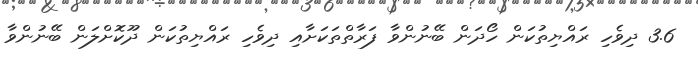
3.6 ދިވެހި ރައްޔިތުކަން ހޯދަން ބޭނުންވާ ފަރާތްތަކަށާއި ދިވެހި ރައްޔިތުކަން ދޫކޮށްލަން ބޭނުންވާ